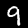
Digit: 9